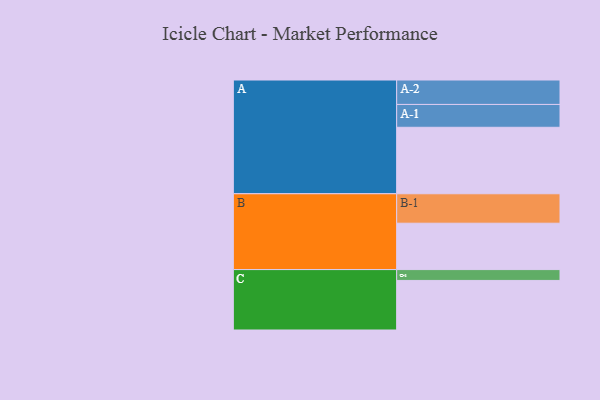
{"axis": {"x": "Segment", "y": "Value"}, "legend": ["", "A", "B", "C"], "data": [{"x": "A", "y": 582, "type": ""}, {"x": "B", "y": 406, "type": ""}, {"x": "C", "y": 434, "type": ""}, {"x": "A-1", "y": 200, "type": "A"}, {"x": "A-2", "y": 214, "type": "A"}, {"x": "B-1", "y": 258, "type": "B"}, {"x": "C-1", "y": 95, "type": "C"}]}